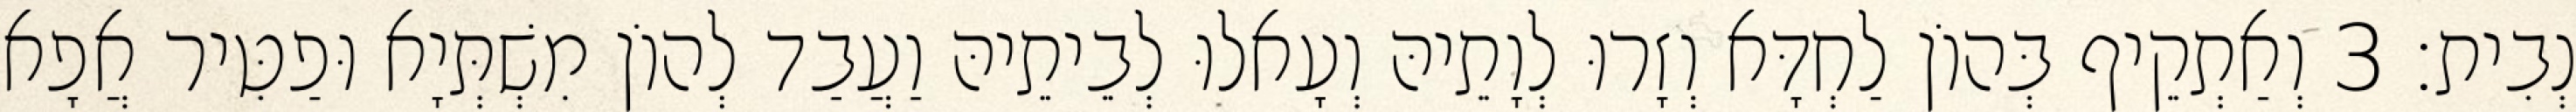
נְבִית׃ 3 וְאַתְקֵיף בְּהוֹן לַחְדָּא וְזָרוּ לְוָתֵיהּ וְעָאלוּ לְבֵיתֵיהּ וַעֲבַד לְהוֹן מִשְׁתְּיָא וּפַטִּיר אֲפָא